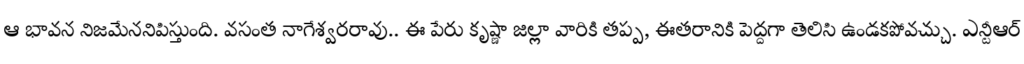
ఆ భావన నిజమేననిపిస్తుంది. వసంత నాగేశ్వరరావు.. ఈ పేరు కృష్ణా జిల్లా వారికి తప్ప, ఈతరానికి పెద్దగా తెలిసి ఉండకపోవచ్చు. ఎన్టీఆర్